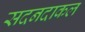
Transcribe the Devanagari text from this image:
सदनदाकल